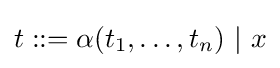
t::=\alpha (t_{1},\dots ,t_{n})\ |\ x